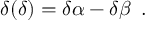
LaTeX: \delta ( \delta ) = \delta \alpha - \delta \beta \enskip .